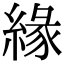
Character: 緣